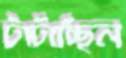
টাটাচ্ছিল